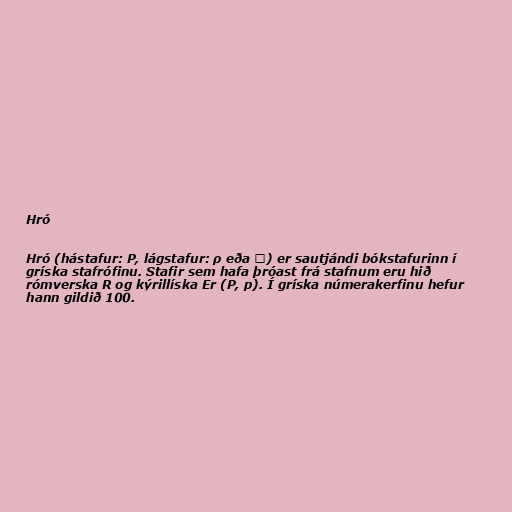
Hró

Hró (hástafur: Ρ, lágstafur: ρ eða ϱ) er sautjándi bókstafurinn í
gríska stafrófinu. Stafir sem hafa þróast frá stafnum eru hið
rómverska R og kýrillíska Er (Р, р). Í gríska númerakerfinu hefur
hann gildið 100.